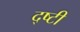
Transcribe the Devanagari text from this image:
द्ष्टी